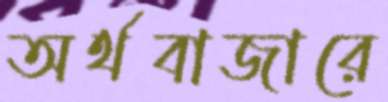
অর্থবাজারে